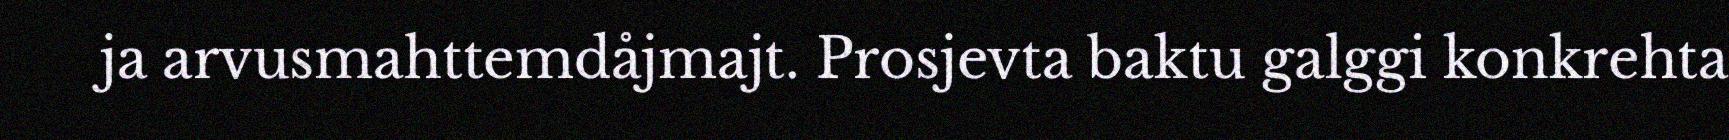
ja arvusmahttemdåjmajt. Prosjevta baktu galggi konkrehta